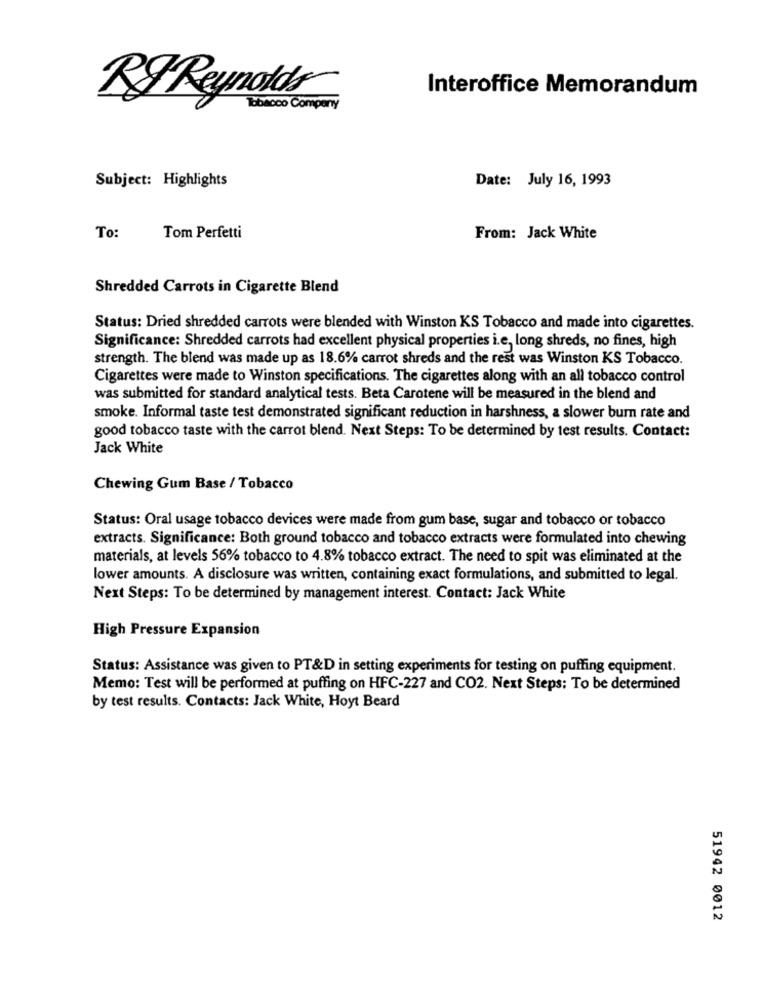
Interoffice Memorandum
RYReynolds
Tobacco Company
Subject: Highlights
Date: July 16, 1993
To:
Tom Perfetti
From: Jack White
Shredded Carrots in Cigarette Blend
Status: Dried shredded carrots were blended with Winston KS Tobacco and made into cigarettes.
Significance: Shredded carrots had excellent physical properties i.e, long shreds, no fines, high
strength. The blend was made up as 18.6% carrot shreds and the rest was Winston KS Tobacco.
Cigarettes were made to Winston specifications. The cigarettes along with an all tobacco control
was submitted for standard analytical tests. Beta Carotene will be measured in the blend and
smoke. Informal taste test demonstrated significant reduction in harshness, a slower burn rate and
good tobacco taste with the carrot blend. Next Steps: To be determined by test results. Contact:
Jack White
Chewing Gum Base / Tobacco
Status: Oral usage tobacco devices were made from gum base, sugar and tobacco or tobacco
extracts. Significance: Both ground tobacco and tobacco extracts were formulated into chewing
materials, at levels 56% tobacco to 4.8% tobacco extract. The need to spit was eliminated at the
lower amounts. A disclosure was written, containing exact formulations, and submitted to legal.
Next Steps: To be determined by management interest. Contact: Jack White
High Pressure Expansion
Status: Assistance was given to PT&D in setting experiments for testing on puffing equipment.
Memo: Test will be performed at puffing on HFC-227 and CO2. Next Steps: To be determined
by test results. Contacts: Jack White, Hoyt Beard
51942 0012